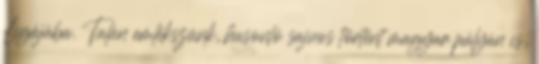
Ligájába. Talán emlékszünk, hasonló sajnos történt magyar pályán is,